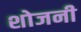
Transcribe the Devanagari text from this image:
शोजनी